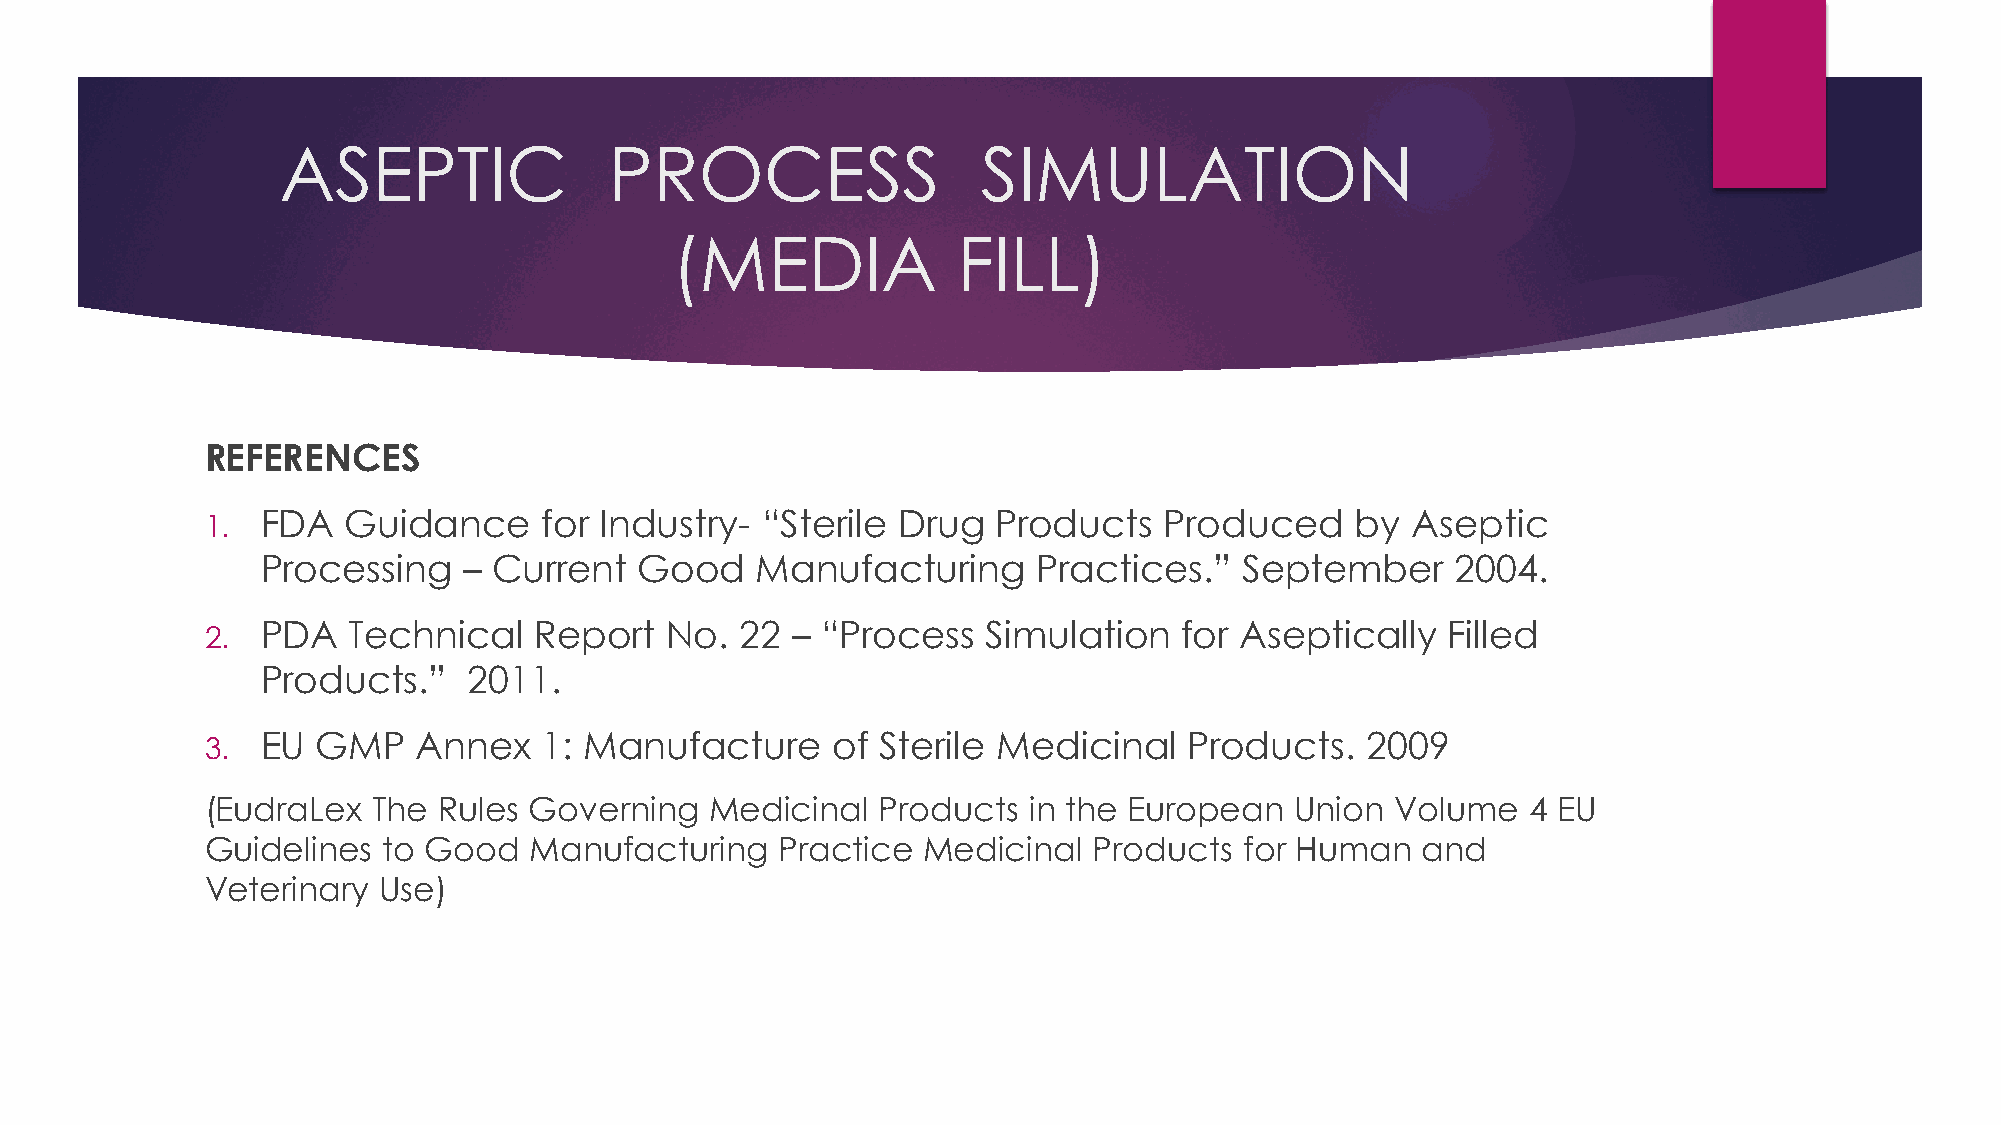
ASEPTIC              PROCESS                  SIMULATION
 (MEDIA             FILL)
 REFERENCES
 1. FDA   Guidance     for Industry- “Sterile Drug   Products   Produced     by Aseptic
 Processing    – Current  Good    Manufacturing      Practices.”  September     2004.
 2. PDA   Technical   Report   No.  22 – “Process   Simulation   for Aseptically   Filled
 Products.”    2011.
 3. EU  GMP    Annex   1: Manufacture     of Sterile Medicinal    Products.  2009
 (EudraLex  The Rules Governing   Medicinal  Products  in the European   Union Volume   4 EU
 Guidelines to Good   Manufacturing    Practice Medicinal  Products  for Human   and
 Veterinary Use)